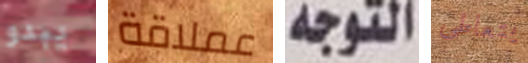
يبدو عملاقة التوجه يتعاطى